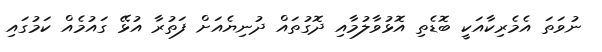
ނުވަތަ އެމެރިކާއަކީ ބޮޑެތި އޮޅުވާލުމާއި ދޮގުތައް ދުނިޔެއަށް ފަތުރާ އުޅޭ ގައުމެއް ކަމުގައި